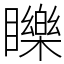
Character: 䁻